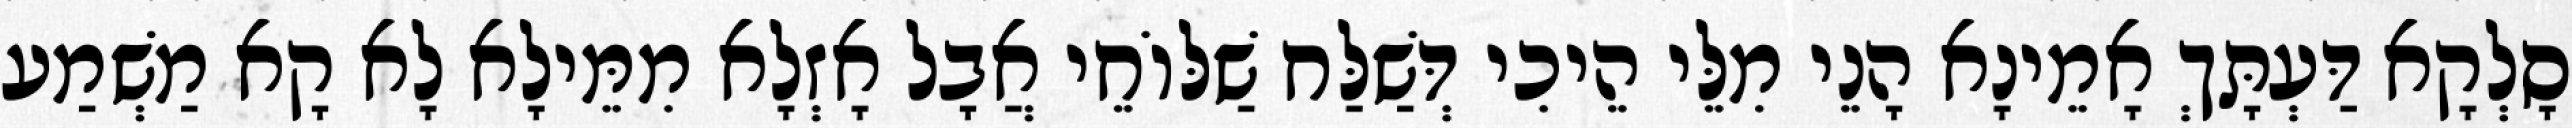
סָלְקָא דַּעְתָּךְ אָמֵינָא הָנֵי מִלֵּי הֵיכִי דְּשַׁלַּח שַׁלּוֹחֵי אֲבָל אָזְלָא מִמֵּילָא לָא קָא מַשְׁמַע